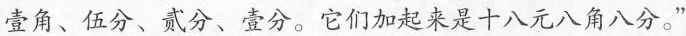
壹角、伍分、贰分、壹分。它们加起来是十八元八角八分。”